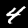
Label: 4